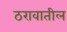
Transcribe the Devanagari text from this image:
ठरावातील